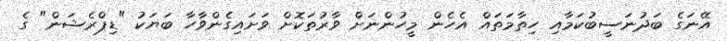
އޭނަގެ ބަދުނަސީބުކަމާއި ހިތާމަތައް އެހެން މީހުންނަށް ވާރުތަކޮށް ވަށައިގެންވާހާ ބަޔަކު "ޑިޕްރެޝަން" ގެ